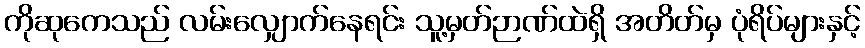
ကိုဆုကေသည် လမ်းလျှောက်နေရင်း သူ့မှတ်ဉာဏ်ထဲရှိ အတိတ်မှ ပုံရိပ်များနှင့်